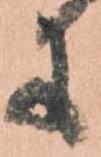
に